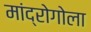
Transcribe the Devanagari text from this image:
मांद्रोगोला